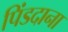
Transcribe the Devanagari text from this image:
पिंडदाना